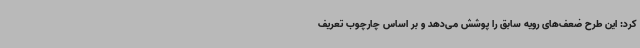
کرد: این طرح ضعف‌های رویه سابق را پوشش می‌دهد و بر اساس چارچوب تعریف